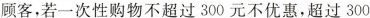
顾客，若一次性购物不超过300元不优惠，超过300